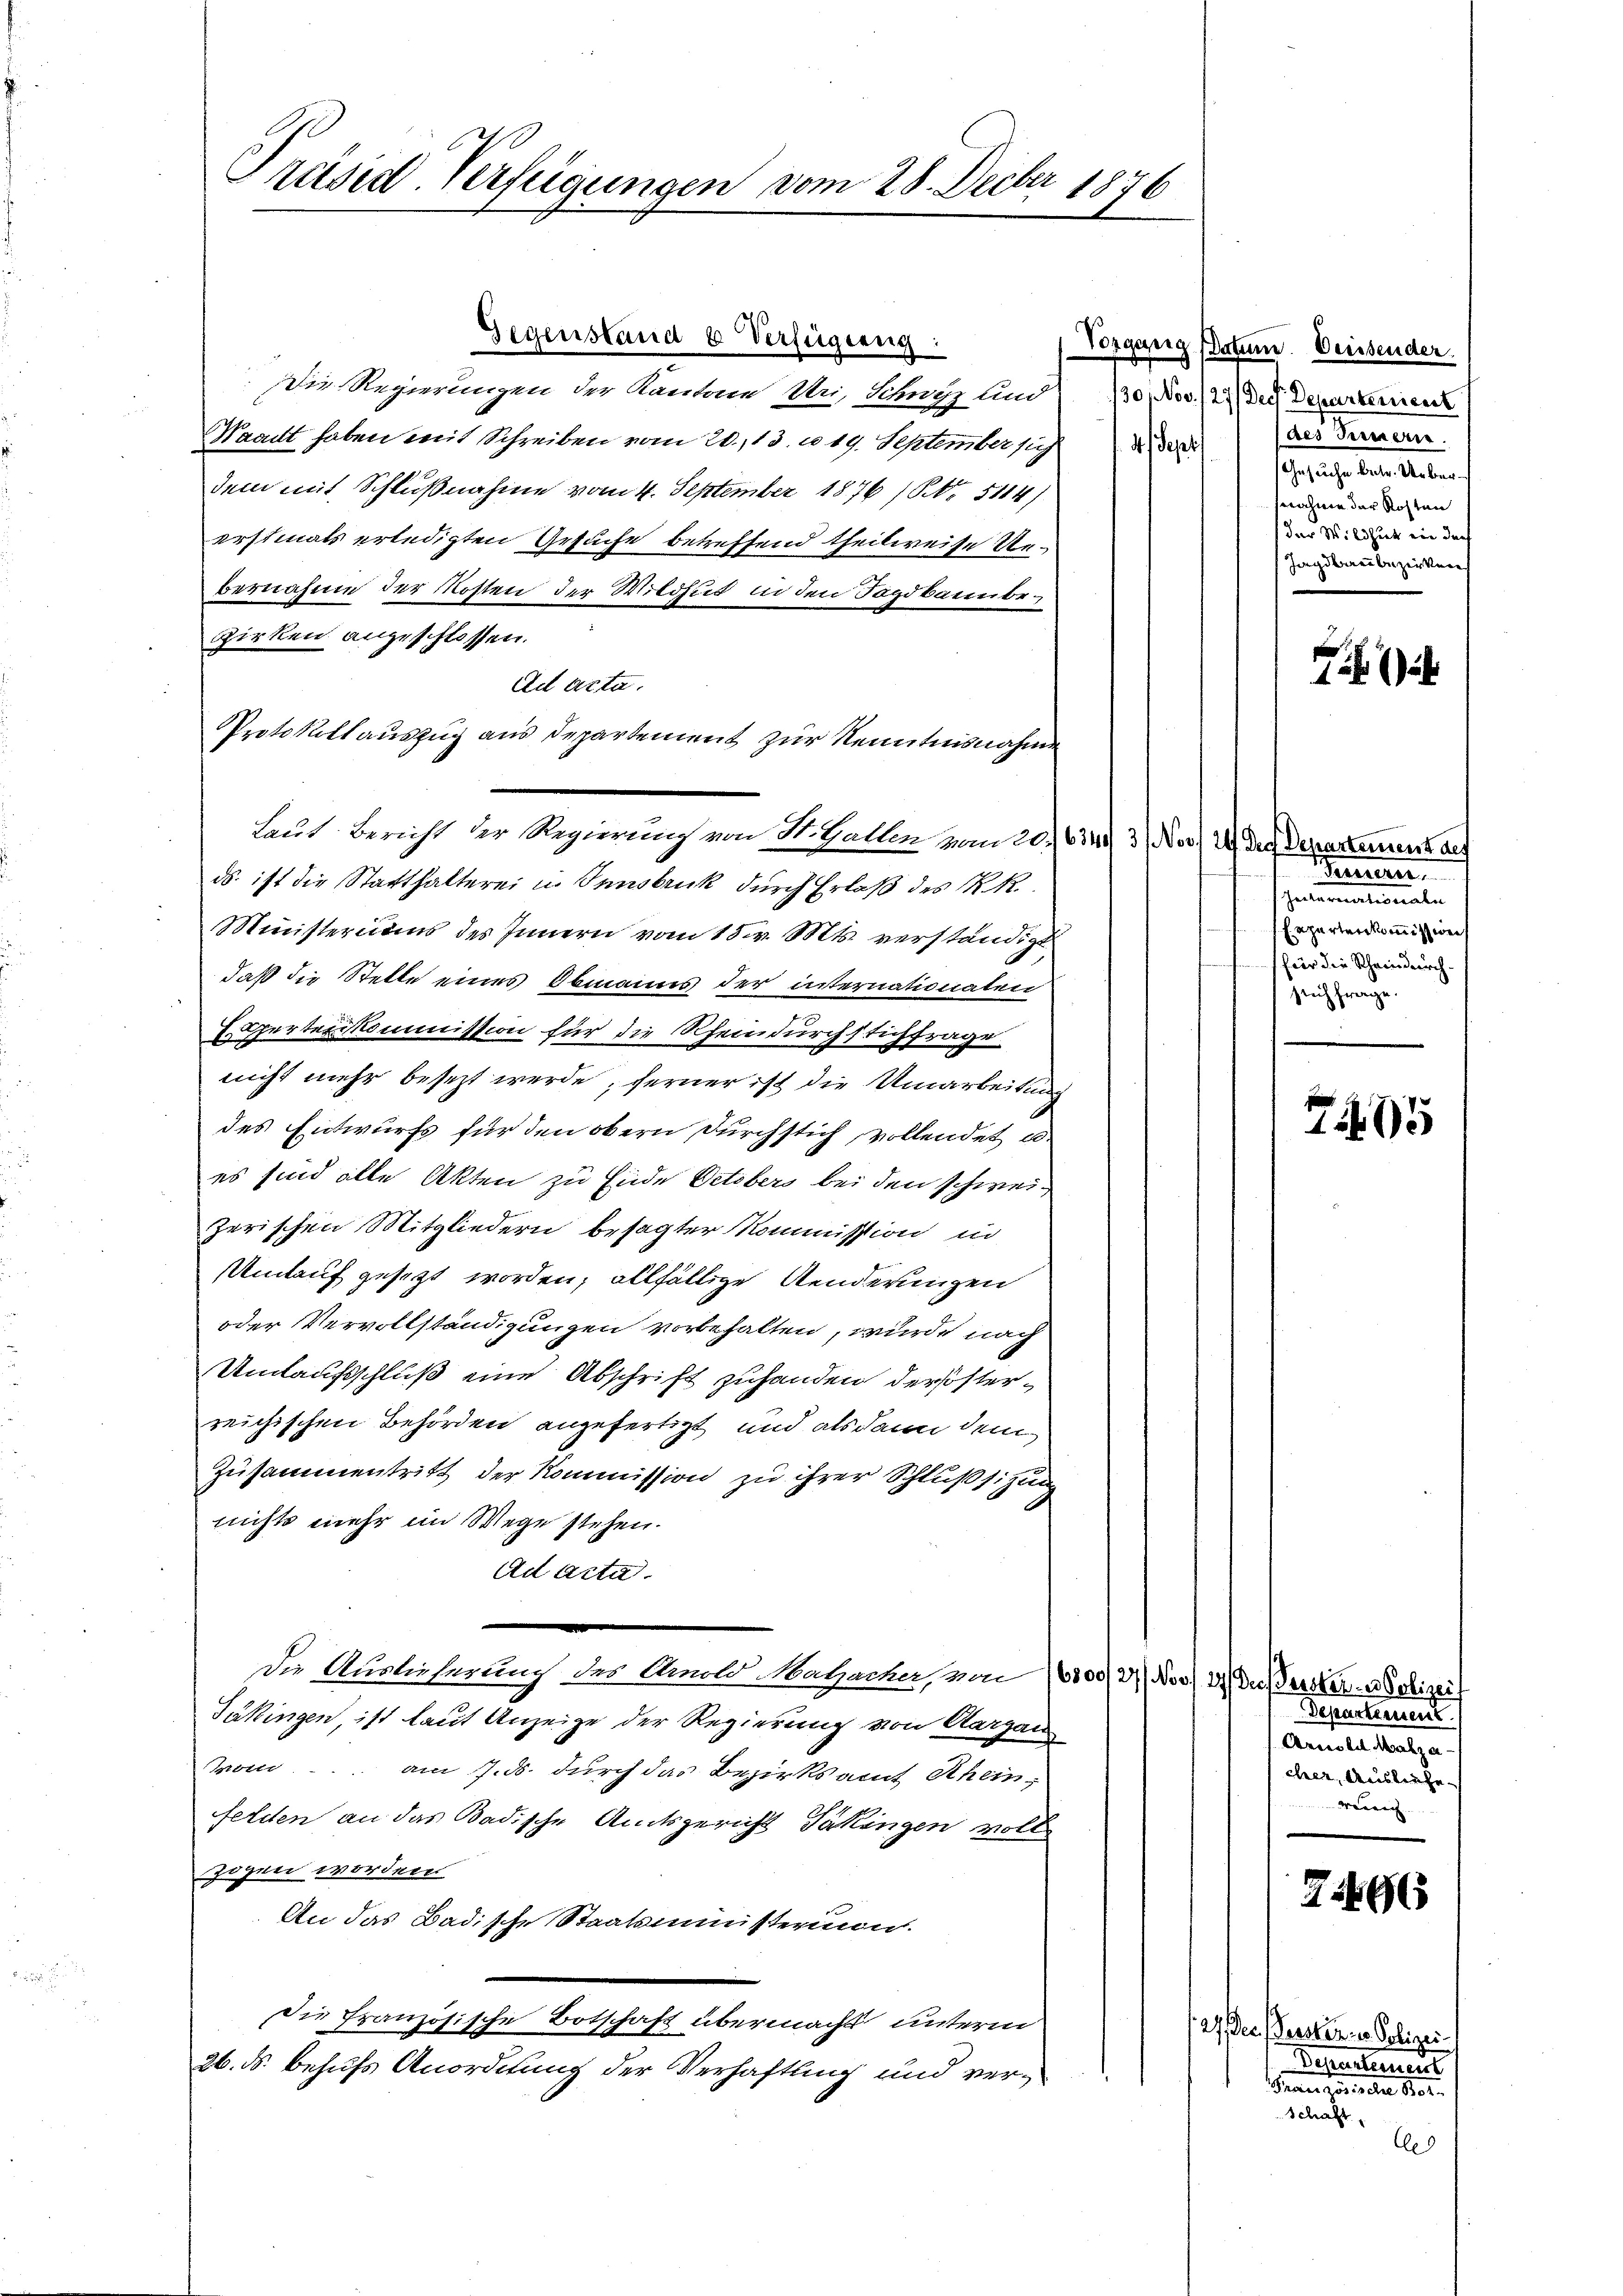
1
Präsid-Verfügungen vom 28. Decbr 1876

Ad acta.

Gegenständ 6 Verfügung:

Die Regierungen der Kanton Uri, Schutz und 30. Nov. 12. Der Departemen
Waadt haben mit Schreiben vom 20. 13. u 19. September sich
dem mit Schlußnahme vom 4. September 1876 / NNo. 5114)
erstmals erledigten Gesuche betreffend theilweise Urbernahme der Kosten der Wildhut in den Tagdbaeube¬
Zirken angeschlossen.
Protokollauszug aus Departement zur Kenntnisnahme
ds ist die Statthalterei in Innsbruck durch Erlaß des R. R.
Ministeriums des Innern vom 15. v. Mts. verständigt
daß die Stelle eines Obmanns der internationalen
E Aperter Kommission für die Rheindurchstichfrage
nicht mehr besezt werde, ferner ist die Umarbeitung
des Entwurfs für den obern durchstich, vollendet u.
es sind alle Akten zu Ende Octobers bei den schweizerischen Mitgliedern besagter Kommission in
Umlauf gesezt worden; allfällige Aenderungen
oder Vervollständigungen vorbehalten, wurde nach
Umlaufsschluß eine Abschrift zuhanden derösterreichischen Behörden angefertigt, und als dann dem
Zusammentritt der Kommission zu ihrer Schlußsitzung
nichts mehr im Wege stehen.
Ad Acta.
Die Auslieferung des Arnold Malzacher, von 5000 des
Jäkingen, ist laut Anzeige der Regierung von Aargau
von..... am 7. ds. durch das Bezirksamt Rheinfelden an das Badische Amtsgericht Täkingen voll
zogen worden
An das Badische Staatsministerium.
Die französische Botschaft übermacht unterm
26. ds. behufs Anordnung der Verhaftling und ver¬

Laut Bericht der Regierung von St. Gallen vom 20. 634. 31 No 29. Die Departerrenz des

Vorgang Datum. Veissender.
(des Innern.
4 Sept
Gesuche betr. Ueberswahnen der Kosten
der Wildhiet ein der
Jagdbau bezirken

.
1

Fernern.
Jecturerationalen
Erparten kommission
für die Scheindurch-
seich frage.

7495

Pres Perster - Polizeis
Departement
Arnold Malza.
cher, Ausliefe
Verrich

7665

127. Der Perster in Polizei.
Departement
Französischen Vor
Schaft,
Ces